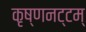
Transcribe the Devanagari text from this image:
कृष्णनट्टम्